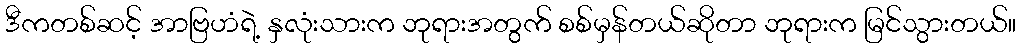
ဒီကတစ်ဆင့် အာဗြဟံရဲ့ နှလုံးသားက ဘုရားအတွက် စစ်မှန်တယ်ဆိုတာ ဘုရားက မြင်သွားတယ်။